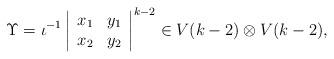
LaTeX: \begin{align*}\Upsilon=\iota^{-1}\left|\begin{array}{cc} x_1 & y_1 \\ x_2 & y_2\end{array}\right|^{k-2}\in V(k-2)\otimes V(k-2),\end{align*}